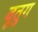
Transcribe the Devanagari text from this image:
बूतुग